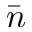
\bar { n }